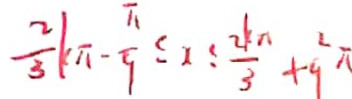
\frac { 2 } { 3 } k \pi - \frac { \pi } { 9 } \leq 1 \leq \frac { 2 k \pi } { 3 } + 9 ^ { 2 } \pi